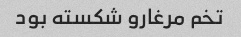
تخم مرغارو شکسته بود